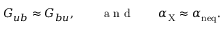
G _ { u b } \approx G _ { b u } , \qquad \textrm { a n d } \qquad \alpha _ { \mathrm { X } } \approx \alpha _ { \mathrm { n e q } } .